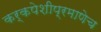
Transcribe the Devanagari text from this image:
कर्कपेशीप्रमाणेच